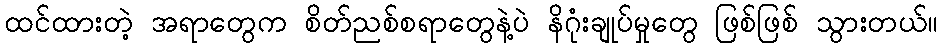
ထင်ထားတဲ့ အရာတွေက စိတ်ညစ်စရာတွေနဲ့ပဲ နိဂုံးချုပ်မှုတွေ ဖြစ်ဖြစ် သွားတယ်။